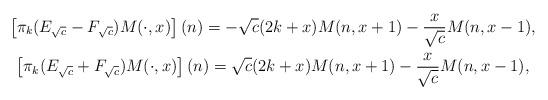
LaTeX: \begin{gather*}\left[\pi_k(E_{\sqrt{c}}-F_{\sqrt{c}}) M(\cdot,x)\right](n) = -\sqrt{c}(2k+x) M(n,x+1) - \frac{x}{\sqrt{c}} M(n,x-1),\\\left[\pi_k(E_{\sqrt{c}}+F_{\sqrt{c}}) M(\cdot,x)\right](n) = \sqrt{c}(2k+x) M(n,x+1) - \frac{x}{\sqrt{c}} M(n,x-1),\end{gather*}